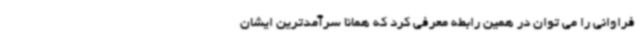
فراوانی را می توان در همین رابطه معرفی کرد که همانا سرآمدترین ایشان